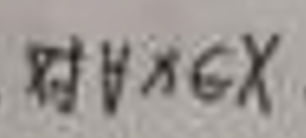
对\(\forall x\in X\)